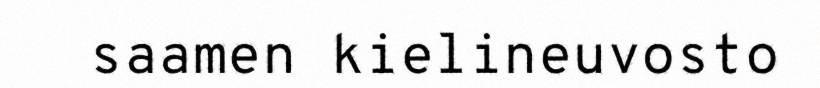
saamen kielineuvosto